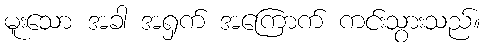
မူးသော အခါ အရှက် အကြောက် ကင်းသွားသည်။